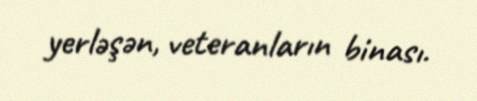
yerləşən, veteranların binası.